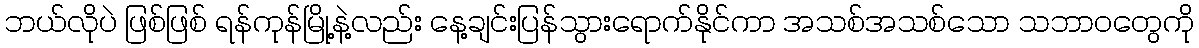
ဘယ်လိုပဲ ဖြစ်ဖြစ် ရန်ကုန်မြို့နဲ့လည်း နေ့ချင်းပြန်သွားရောက်နိုင်ကာ အသစ်အသစ်သော သဘာဝတွေကို